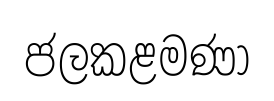
ජලකළමණා